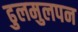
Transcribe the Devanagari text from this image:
ढुलमुलपन